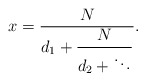
\begin{align*}x=\frac{N}{\displaystyle d_1+\frac{N}{\displaystyle d_2+\ddots}}.\end{align*}